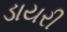
ડાયરી